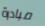
مبادرة